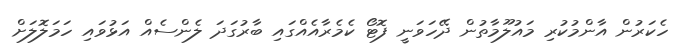
ހެކަރުން އާންމުކުރި މައުލޫމާތުން ދޭހަވަނީ ފޮޓޯ ކެމެރާއެއްގައި ބާރުގަދަ ލެންސެއް އަޅުވައި ހަމަލޮލަށް